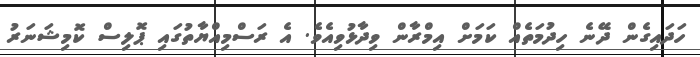
ހަދައިގެން ދޭނެ ހިދުމަތެއް ކަމަށް އިމްރާން ވިދާޅުވިއެވެ. އެ ރަސްމިއްޔާތުގައި ޕޮލިސް ކޮމިޝަނަރު